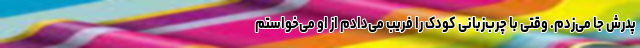
پدرش جا می‌زدم. وقتی با چرب‌زبانی کودک را فریب می‌دادم از او می‌خواستم